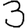
Digit: 3